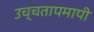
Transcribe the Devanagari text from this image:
उच्चतापमापी